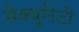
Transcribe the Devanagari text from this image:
सैक्यूरिटी